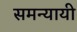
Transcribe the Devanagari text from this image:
समन्यायी